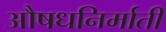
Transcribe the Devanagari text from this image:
औषधनिर्माती